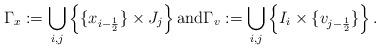
LaTeX: \begin{align*}\Gamma_x := \bigcup\limits_{i,j}\left\{\{x_{i-\frac{1}{2}}\}\times J_j\right\}\mbox{and} \Gamma_v := \bigcup\limits_{i,j}\left\{I_i \times \{v_{j-\frac{1}{2}}\}\right\}.\end{align*}